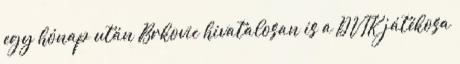
egy hónap után Brkovic hivatalosan is a DVTK játékosa